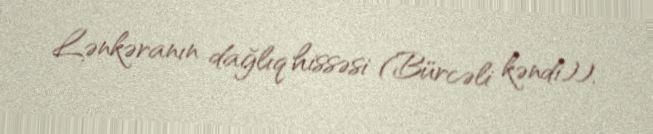
Lənkəranın dağlıq hissəsi (Bürcəli kəndi)).